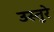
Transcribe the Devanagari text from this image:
उस्तुरे